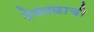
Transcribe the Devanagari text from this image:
देवनळाची